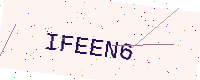
Text: IFEEN6